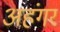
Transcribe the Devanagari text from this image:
अहंगर